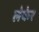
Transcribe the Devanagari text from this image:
लेकेर